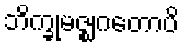
ဘိက္ခုမဇ္ဈဂတောပိ